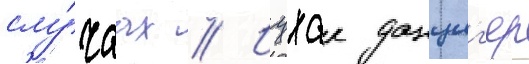
слу́чаах // Ицхак данциг'ер